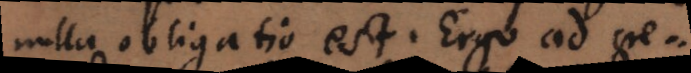
nulla obligatio est. Ergo ad cre